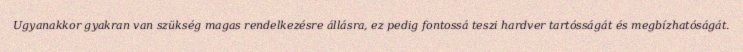
Ugyanakkor gyakran van szükség magas rendelkezésre állásra, ez pedig fontossá teszi hardver tartósságát és megbízhatóságát.